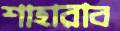
শাহারাব